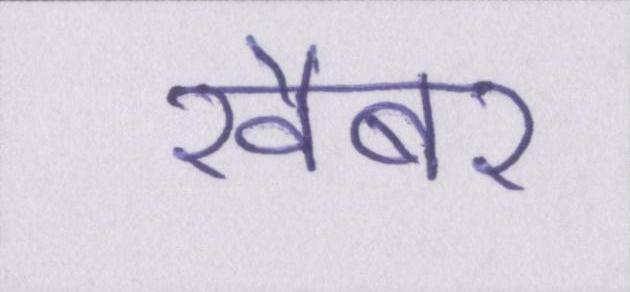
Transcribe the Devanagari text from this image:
खैबर